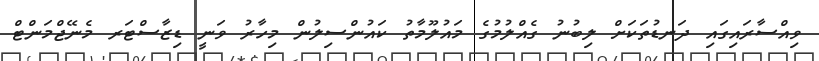
ވިއްސާރައިގައި ދަނޑުތަކަށް ލިބުނު ގެއްލުމުގެ މައުލޫމާތު ކައުންސިލުން މިހާރު ވަނީ ޑިޒާސްޓަރ މެނޭޖްމަންޓް